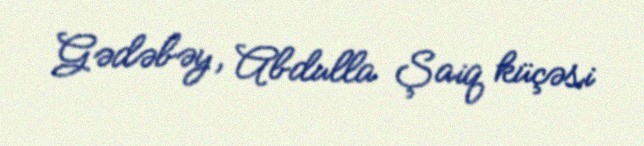
Gədəbəy, Abdulla Şaiq küçəsi